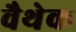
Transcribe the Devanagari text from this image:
वैथेक